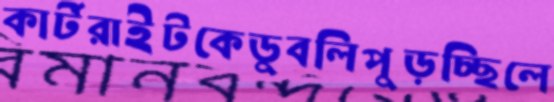
কার্টরাইটকেডুবলিপুড়চ্ছিলে